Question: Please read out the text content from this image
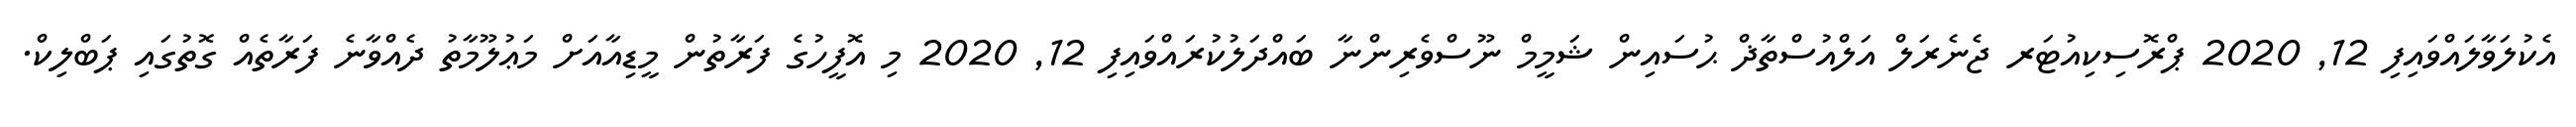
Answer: އެކުލަވާލައްވައިފި 12, 2020 ޕްރޮސިކިއުޓަރ ޖެނެރަލް އަލްއުސްތާޛް ޙުސައިން ޝަމީމް ނޫސްވެރިންނާ ބައްދަލުކުރައްވައިފި 12, 2020 މި އޮފީހުގެ ފަރާތުން މީޑިއާއަށް މަޢުލޫމާތު ދެއްވާނެ ފަރާތެއް ގޮތުގައި ޕަބްލިކް.